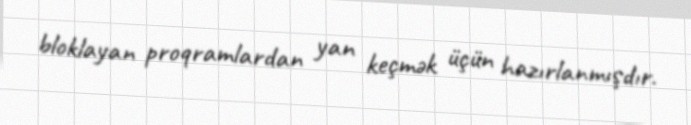
bloklayan proqramlardan yan keçmək üçün hazırlanmışdır.